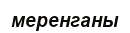
меренганы